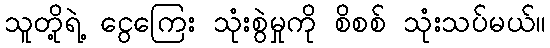
သူတို့ရဲ့ ငွေကြေး သုံးစွဲမှုကို စိစစ် သုံးသပ်မယ်။